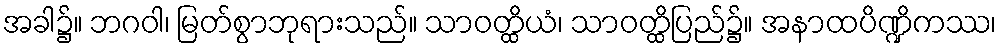
အခါ၌။ ဘဂဝါ၊ မြတ်စွာဘုရားသည်။ သာဝတ္ထိယံ၊ သာဝတ္ထိပြည်၌။ အနာထပိဏ္ဍိကဿ၊